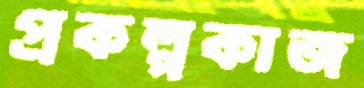
প্রকল্পকাজ